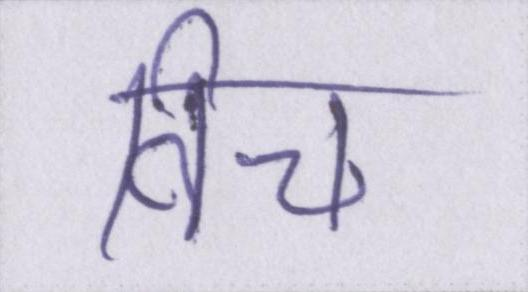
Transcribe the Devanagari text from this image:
विच